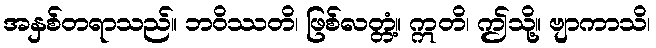
အနှစ်တရာသည်။ ဘဝိဿတိ၊ ဖြစ်လတ္တံ့။ ဣတိ၊ ဤသို့။ ဗျာကာသိ၊